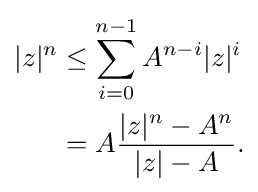
{\begin{aligned}|z|^{n}&\leq \sum _{i=0}^{n-1}A^{n-i}|z|^{i}\\&=A{\frac {|z|^{n}-A^{n}}{|z|-A}}.\end{aligned}}